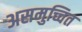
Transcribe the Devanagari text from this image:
असमुच्चित